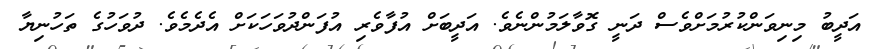
އަދީބު މިނިވަންކުރުމަށްވެސް ދަނީ ގޮވާލަމުންނެވެ. އަދީބަށް އުފާވެެރި އުފަންދުވަހަކަށް އެދެމެވެ. ދުވަހުގެ ތަހުނިޔާ